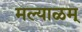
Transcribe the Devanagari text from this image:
मल्याळम्